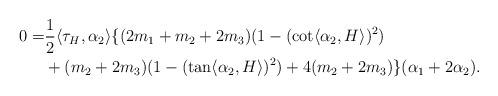
LaTeX: \begin{align*}0=&\frac{1}{2} \langle \tau_{H}, \alpha_{2} \rangle\{ (2m_{1}+m_{2}+2m_{3})(1-(\cot \langle \alpha_{2}, H \rangle)^{2}) \\&+(m_{2}+2m_{3})(1-(\tan \langle \alpha_{2}, H \rangle )^{2}) +4(m_{2}+2m_{3})\}(\alpha_{1}+2\alpha_{2}).\end{align*}